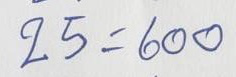
25 = 600